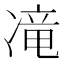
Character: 𱐊